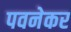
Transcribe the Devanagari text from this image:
पवनेकर